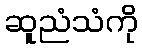
ဆူညံသံကို